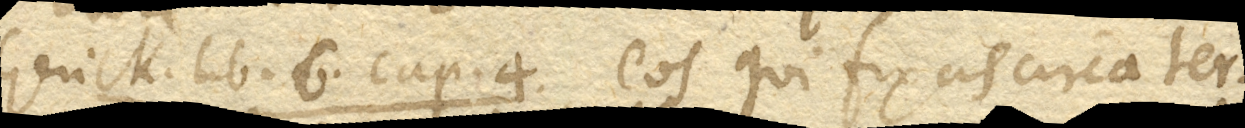
Gerick. lib. 6. cap. 4. Eos qui fixas circa ter–